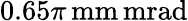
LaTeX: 0.65\pi\, \mathrm{mm}\, \mathrm{mrad}